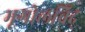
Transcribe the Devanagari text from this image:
भूगोलविद्